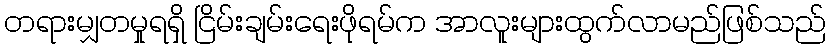
တရားမျှတမှုရရှိ ငြိမ်းချမ်းရေးဖိုရမ်က အာလူးများထွက်လာမည်ဖြစ်သည်